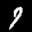
Label: 9